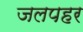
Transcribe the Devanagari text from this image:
जलपहर